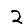
Digit: 2